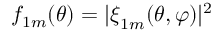
f _ { 1 m } ( \theta ) = | \boldsymbol { \xi } _ { 1 m } ( \theta , \varphi ) | ^ { 2 }